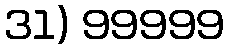
31) 99999